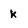
Character: k